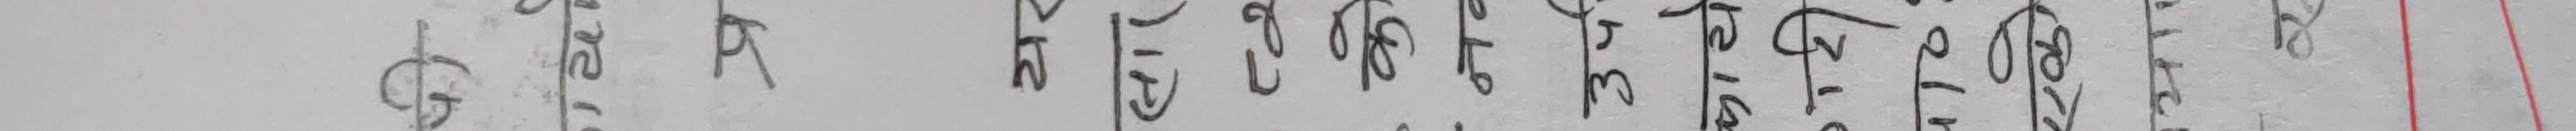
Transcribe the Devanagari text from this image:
छैन र